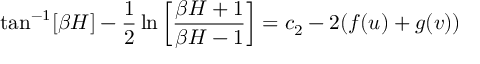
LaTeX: \tan ^ { - 1 } [ \beta H ] - \frac { 1 } { 2 } \ln \left[ \frac { \beta H + 1 } { \beta H - 1 } \right] = c _ { 2 } - 2 ( f ( u ) + g ( v ) )